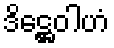
ဒိဋ္ဌေဝါဟံ